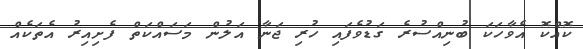
ކޮއްކޮ އެވާހަަކަ ބުނިއްސުރެ ގަޑުވެފައި ހުރި ޖަނާ އަލުން މަސައްކަތް ފެށިއިރު އެތަކެއް